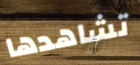
تشاهدها